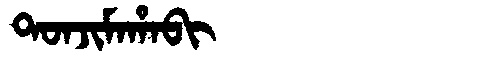
Manchu: ᡨᠣᠨᠵᡳᠮᠠᡥᠠᠪᡳ
Romanization: TONJIMAHABI